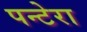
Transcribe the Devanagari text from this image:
पन्टेरा